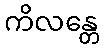
ကိလန္တေ